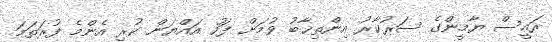
ރައީސް ޔާމީންގެ ސަރުކާރު އިންތިޚާބު ވުމަށް ފަހު އައްޔަން ކުރި އެންމެ ފުރަތަމަ